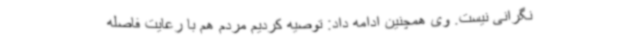
نگرانی نیست. وی همچنین ادامه داد: توصیه کردیم مردم هم با رعایت فاصله